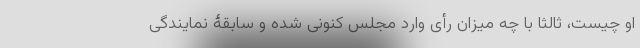
او چیست، ثالثا با چه میزان رأی وارد مجلس کنونی شده و سابقۀ نمایندگی